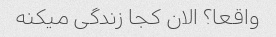
واقعا؟ الان کجا زندگی میکنه